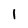
Character: 1